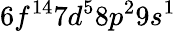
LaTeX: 6f^{14}7d^{5}8p^{2}9s^{1}